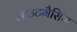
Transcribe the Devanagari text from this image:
आउटगैसिंग